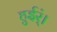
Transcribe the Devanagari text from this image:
हुईर्ं।